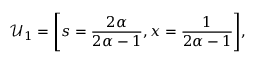
\mathcal { U } _ { 1 } = \Bigg [ s = \frac { 2 \alpha } { 2 \alpha - 1 } , x = \frac { 1 } { 2 \alpha - 1 } \Bigg ] ,